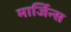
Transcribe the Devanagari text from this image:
मार्जिन्स